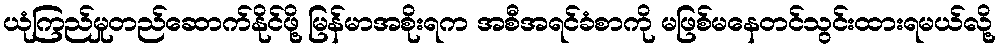
ယုံကြည်မှုတည်ဆောက်နိုင်ဖို့ မြန်မာအစိုးရက အစီအရင်ခံစာကို မဖြစ်မနေတင်သွင်းထားရမယ်လို့